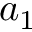
a _ { 1 }